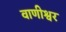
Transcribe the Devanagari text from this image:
वाणीश्वर